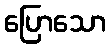
ပြောသော